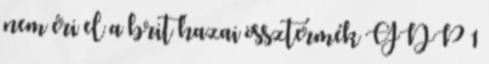
nem éri el a brit hazai össztermék GDP 1